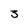
Character: 3